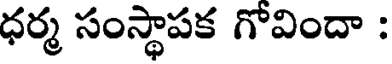
ధర్మ సంస్థాపక గోవిందా :